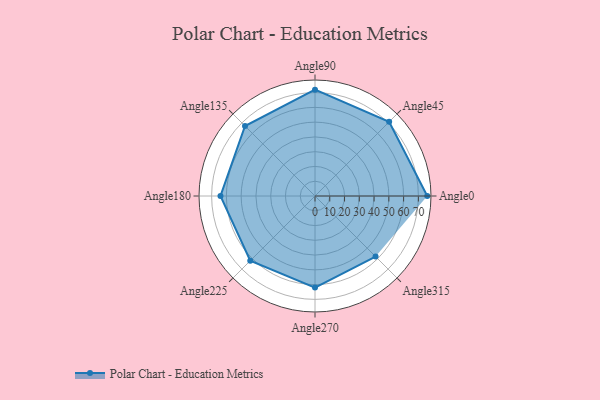
{"axis": {"x": "Angle", "y": "Radius"}, "legend": [""], "data": [{"x": "Angle0", "y": 76.0, "type": ""}, {"x": "Angle45", "y": 71.0, "type": ""}, {"x": "Angle90", "y": 72.0, "type": ""}, {"x": "Angle135", "y": 67.0, "type": ""}, {"x": "Angle180", "y": 64.0, "type": ""}, {"x": "Angle225", "y": 62.0, "type": ""}, {"x": "Angle270", "y": 62.0, "type": ""}, {"x": "Angle315", "y": 58.0, "type": ""}]}